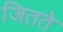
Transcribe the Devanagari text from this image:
जितते